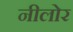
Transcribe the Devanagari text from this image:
नीलोर